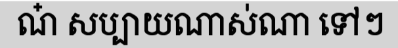
ណ៎ សប្បាយណាស់ណា ទៅៗ